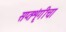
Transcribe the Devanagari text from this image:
सप्तशृंगीचा